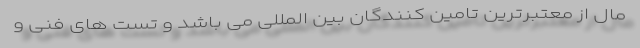
مال از معتبرترین تامین کنندگان بین المللی می باشد و تست های فنی و